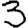
Digit: 3